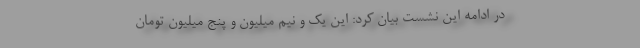
در ادامه این نشست بیان کرد: این یک و نیم میلیون و پنج میلیون تومان